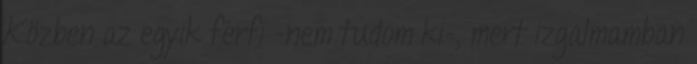
Közben az egyik férfi -nem tudom ki-, mert izgalmamban